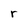
Character: r